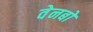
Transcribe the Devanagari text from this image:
वेनबो